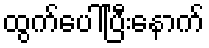
ထွက်ပေါ်ပြီးနောက်